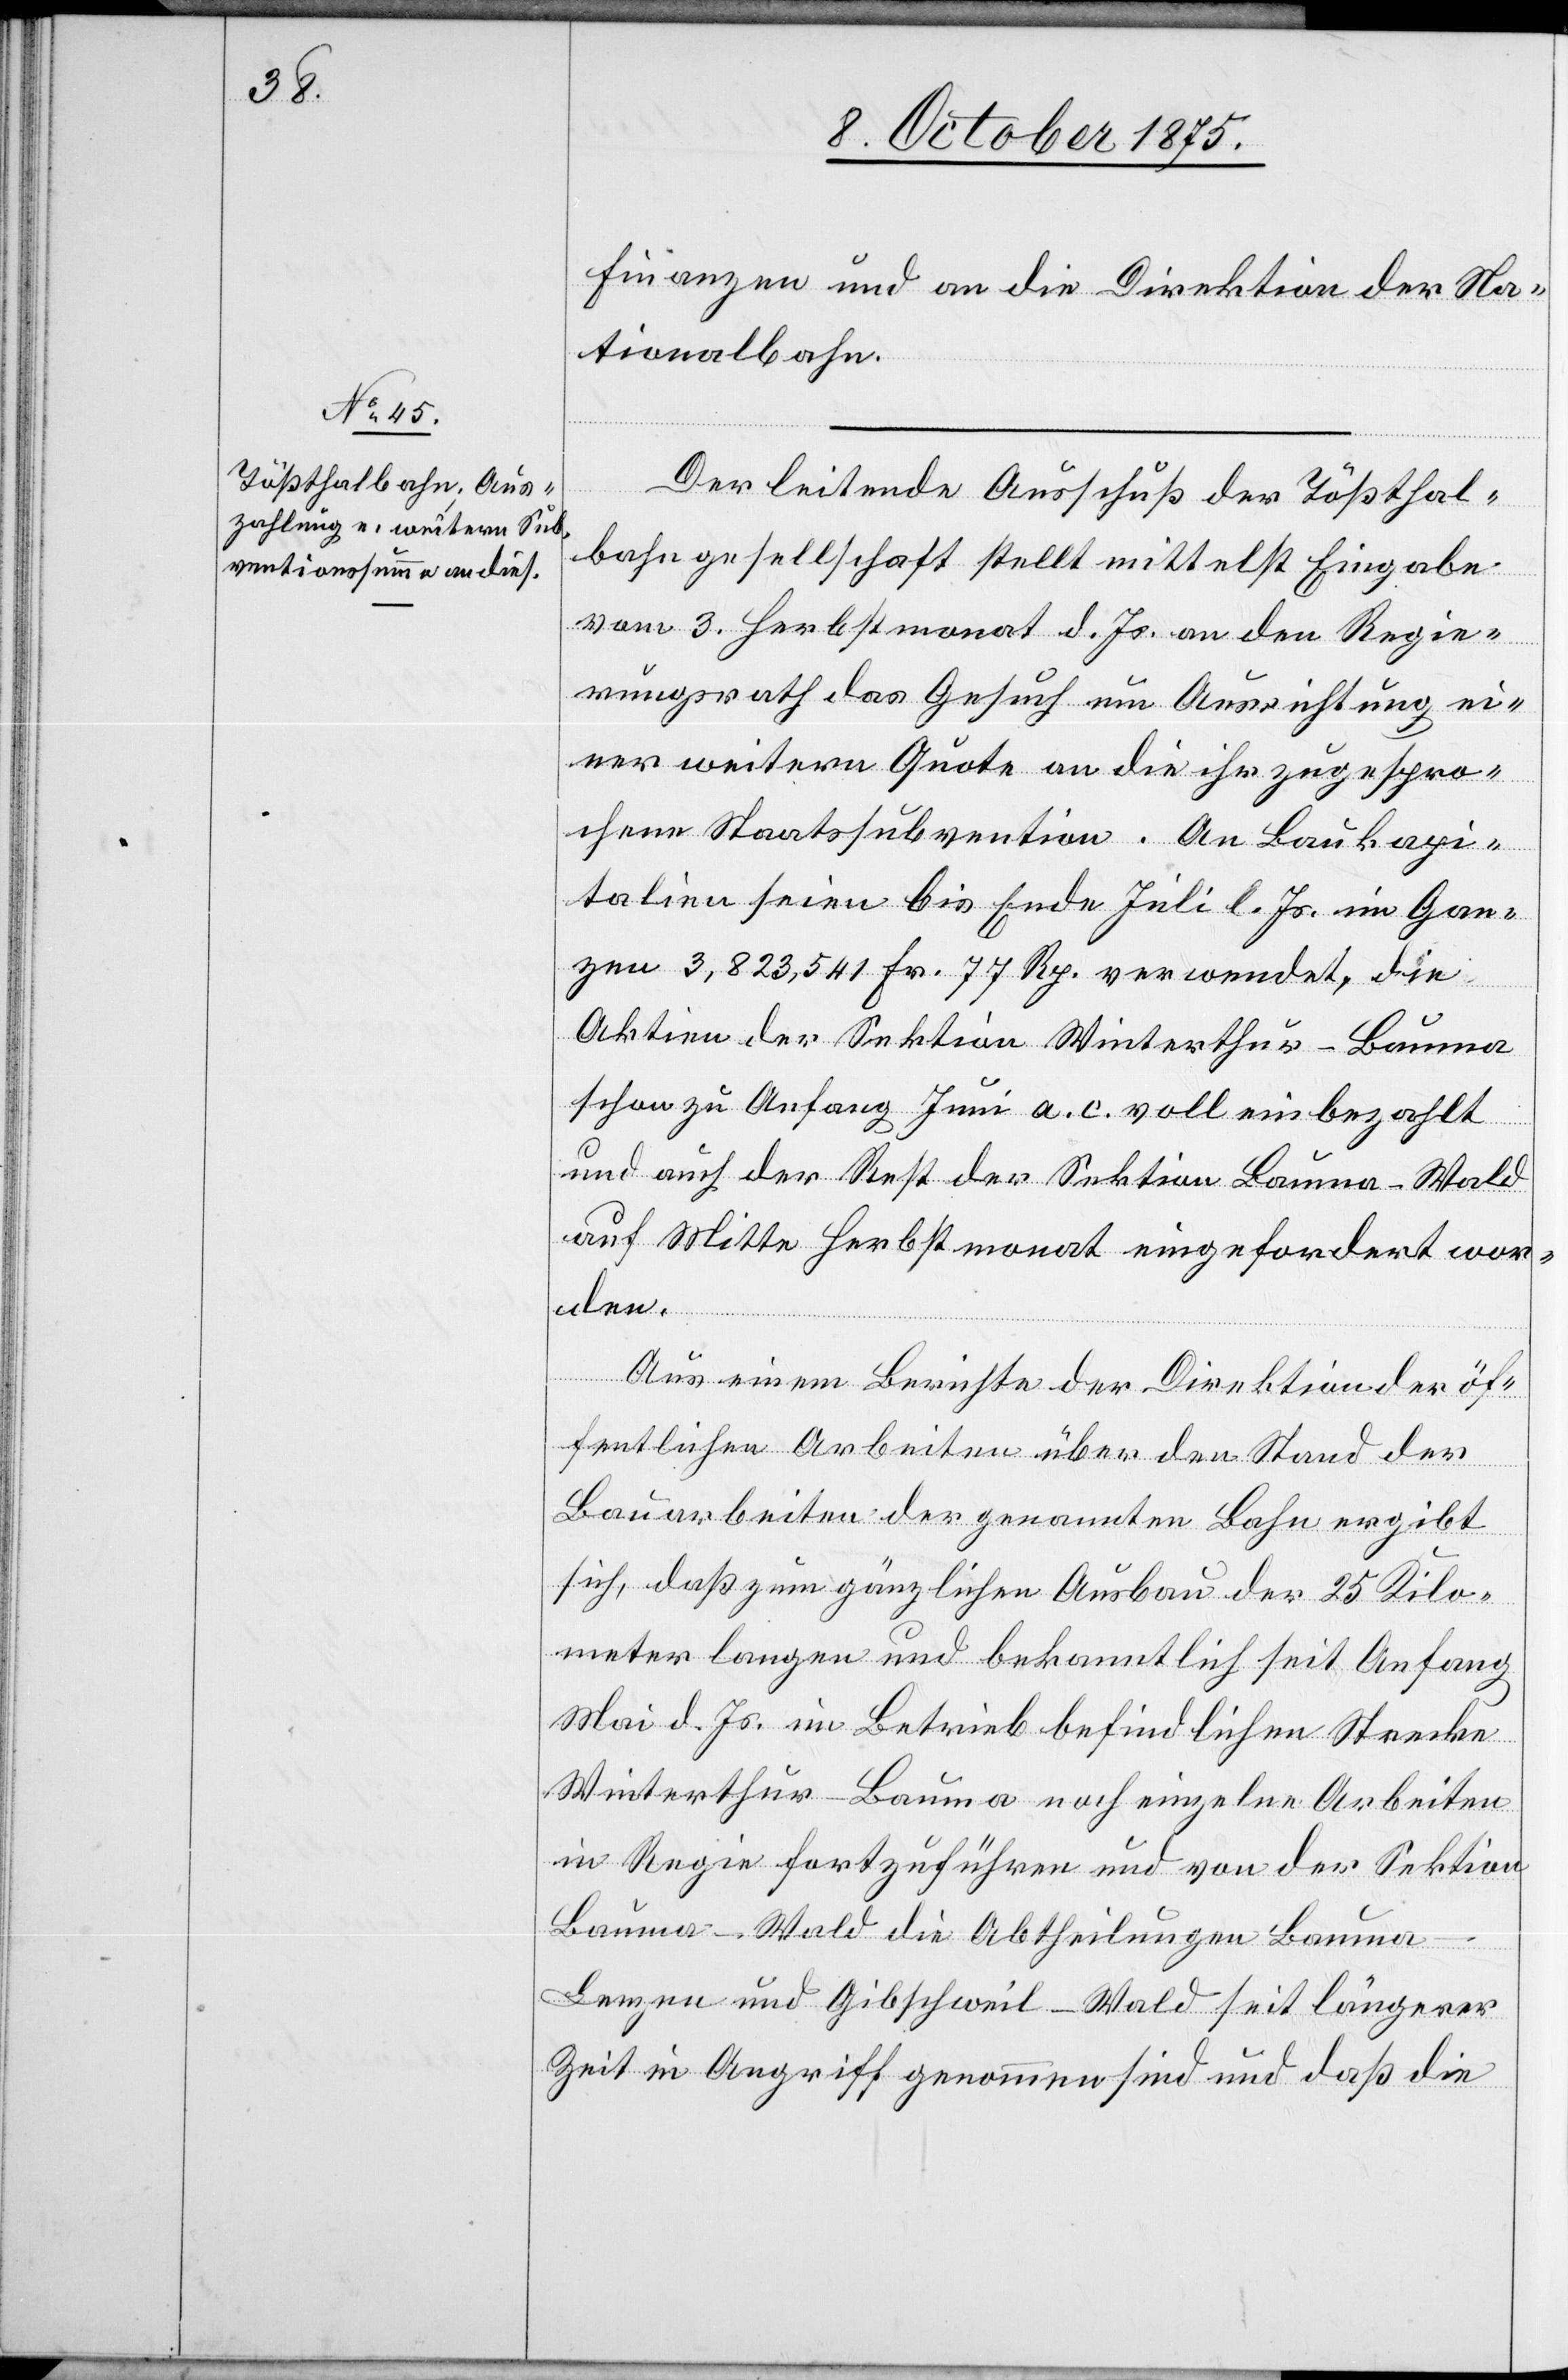
Finanzen und an die Direktion der Na¬
tionalbahn.
Der leitende Ausschuß der Tößthal¬
bahngesellschaft stellt mittelst Eingabe
vom 3. Herbstmonat d. Js. an den Regie¬
rungsrath das Gesuch um Ausrichtung ei¬
ner weitern Quote an die ihr zugespro¬
chene Staatssubvention. An Baukapi¬
talien seien bis Ende Juli l. Js. im Gan¬
zen 3,823,541 Fr. 77 Rp. verwendet, die
Aktien der Sektion Winterthur–Bauma
schon zu Anfang Juni a. c. voll einbezahlt
und auch der Rest der Sektion Bauma–Wald
auf Mitte Herbstmonat eingefordert wor¬
den.
Aus einem Berichte der Direktion der öf¬
fentlichen Arbeiten über den Stand der
Bauarbeiten der genannten Bahn ergibt
sich, daß zum gänzlichen Ausbau der 25 Kilo¬
meter langen und bekanntlich seit Anfang
Mai d. Js. im Betrieb befindlichen Strecke
Winterthur–Bauma noch einzelne Arbeiten
in Regie durchzuführen und von der Sektion
Bauma–Wald die Abtheilungen Baum¬
a–Lenzen und Gibschweil–Wald seit längerer
Zeit in Angriff genommen sind und daß die